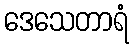
ဒေသေတာရံ